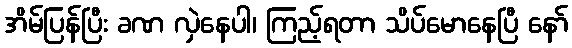
အိမ်ပြန်ပြီး ခဏ လှဲနေပါ၊ ကြည့်ရတာ သိပ်မောနေပြီ နော်